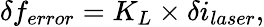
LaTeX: \delta f_{error}=K_{L}\times\delta i_{laser},